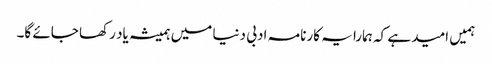
ہمیں امید ہے کہ ہمارا یہ کارنامہ ادبی دنیا میں ہمیشہ یاد رکھا جائے گا۔